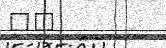
٧٣